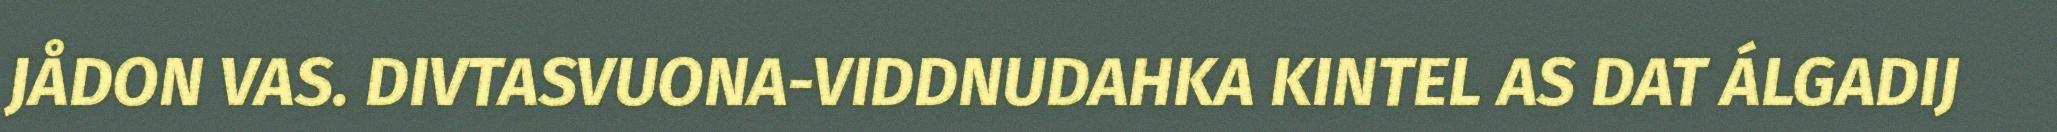
JÅDON VAS. DIVTASVUONA-VIDDNUDAHKA KINTEL AS DAT ÁLGADIJ